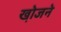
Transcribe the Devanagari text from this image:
खो़जने